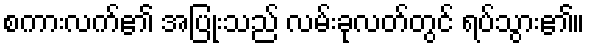
စကားလက်၏ အပြုံးသည် လမ်းခုလတ်တွင် ရပ်သွား၏။